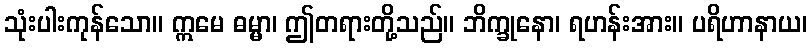
သုံးပါးကုန်သော။ ဣမေ ဓမ္မာ၊ ဤတရားတို့သည်။ ဘိက္ခုနော၊ ရဟန်းအား။ ပရိဟာနာယ၊